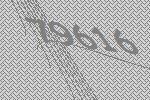
79616